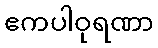
ဧကပါဝုရဏာ